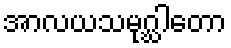
အာလယသမုဂ္ဃါတော